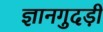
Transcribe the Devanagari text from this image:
ज्ञानगुदड़ी